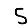
Digit: 5